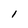
Character: 1